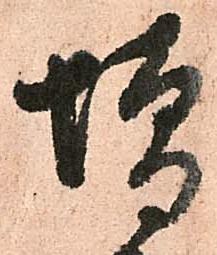
増